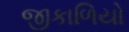
જીકાળિયો